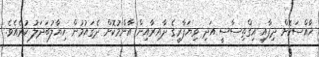
ޚާއްސަކޮށް ދިފާއީ އިގްތިސާސީ އަދި ވިޔަފާރީގެ ދާއިރާއިން އާންމުކޮށް ދެގައުމުން ޚިޔާލުބަދަލު ކުރެއެވެ.